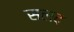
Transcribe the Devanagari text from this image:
सलद